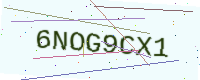
Text: 6NOG9CX1